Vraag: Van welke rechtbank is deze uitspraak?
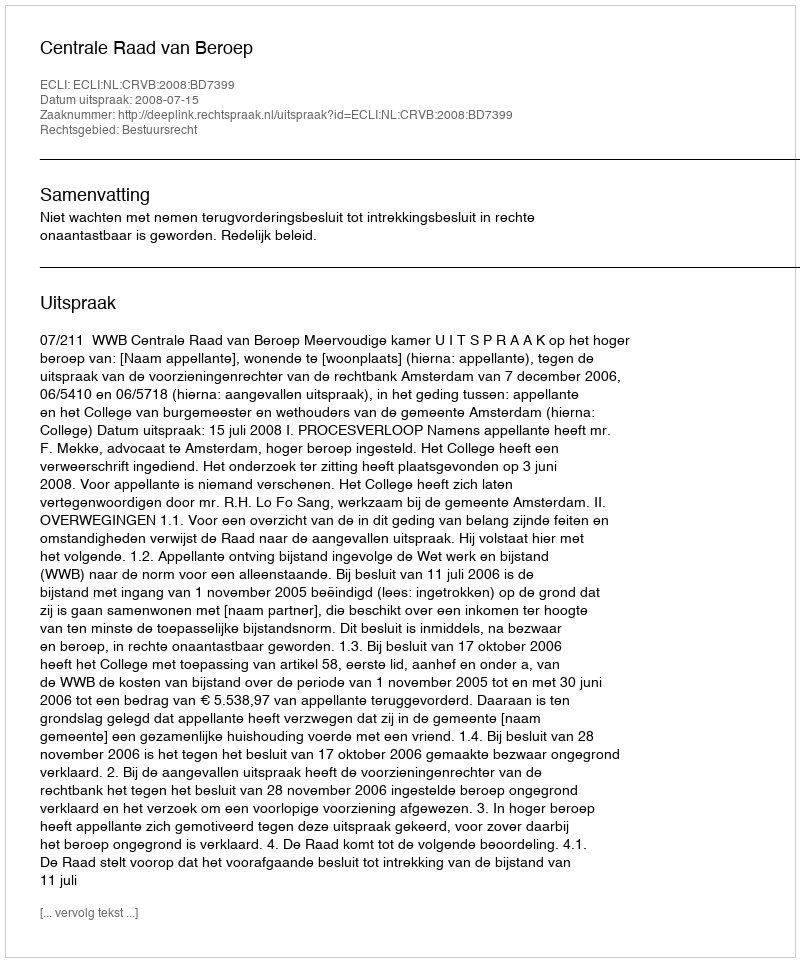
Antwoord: Centrale Raad van Beroep